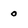
Character: 0